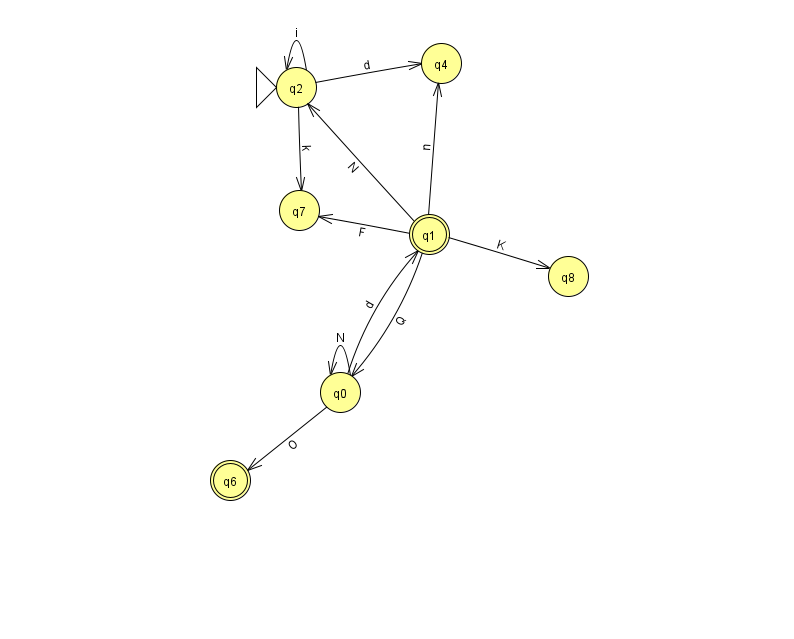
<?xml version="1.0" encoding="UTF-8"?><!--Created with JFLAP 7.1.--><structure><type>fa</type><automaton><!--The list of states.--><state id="0" name="q0"><x>340.0</x><y>379.0</y></state><state id="1" name="q1"><x>429.0</x><y>221.0</y><final/></state><state id="2" name="q2"><x>296.0</x><y>74.0</y><initial/></state><state id="4" name="q4"><x>441.0</x><y>50.0</y></state><state id="6" name="q6"><x>230.0</x><y>467.0</y><final/></state><state id="7" name="q7"><x>299.0</x><y>197.0</y></state><state id="8" name="q8"><x>568.0</x><y>263.0</y></state><!--The list of transitions.--><transition><from>0</from><to>6</to><read>O</read></transition><transition><from>1</from><to>2</to><read>N</read></transition><transition><from>1</from><to>8</to><read>K</read></transition><transition><from>2</from><to>2</to><read>i</read></transition><transition><from>1</from><to>0</to><read>Q</read></transition><transition><from>1</from><to>7</to><read>F</read></transition><transition><from>1</from><to>4</to><read>n</read></transition><transition><from>0</from><to>0</to><read>N</read></transition><transition><from>2</from><to>7</to><read>k</read></transition><transition><from>0</from><to>1</to><read>d</read></transition><transition><from>2</from><to>4</to><read>d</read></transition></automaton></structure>